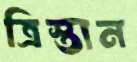
ত্রিস্তান